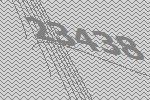
23438